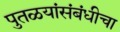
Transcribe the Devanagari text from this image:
पुतळयांसंबंधीचा